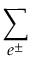
\sum _ { e ^ { \pm } }